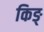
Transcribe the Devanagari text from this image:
किङ्